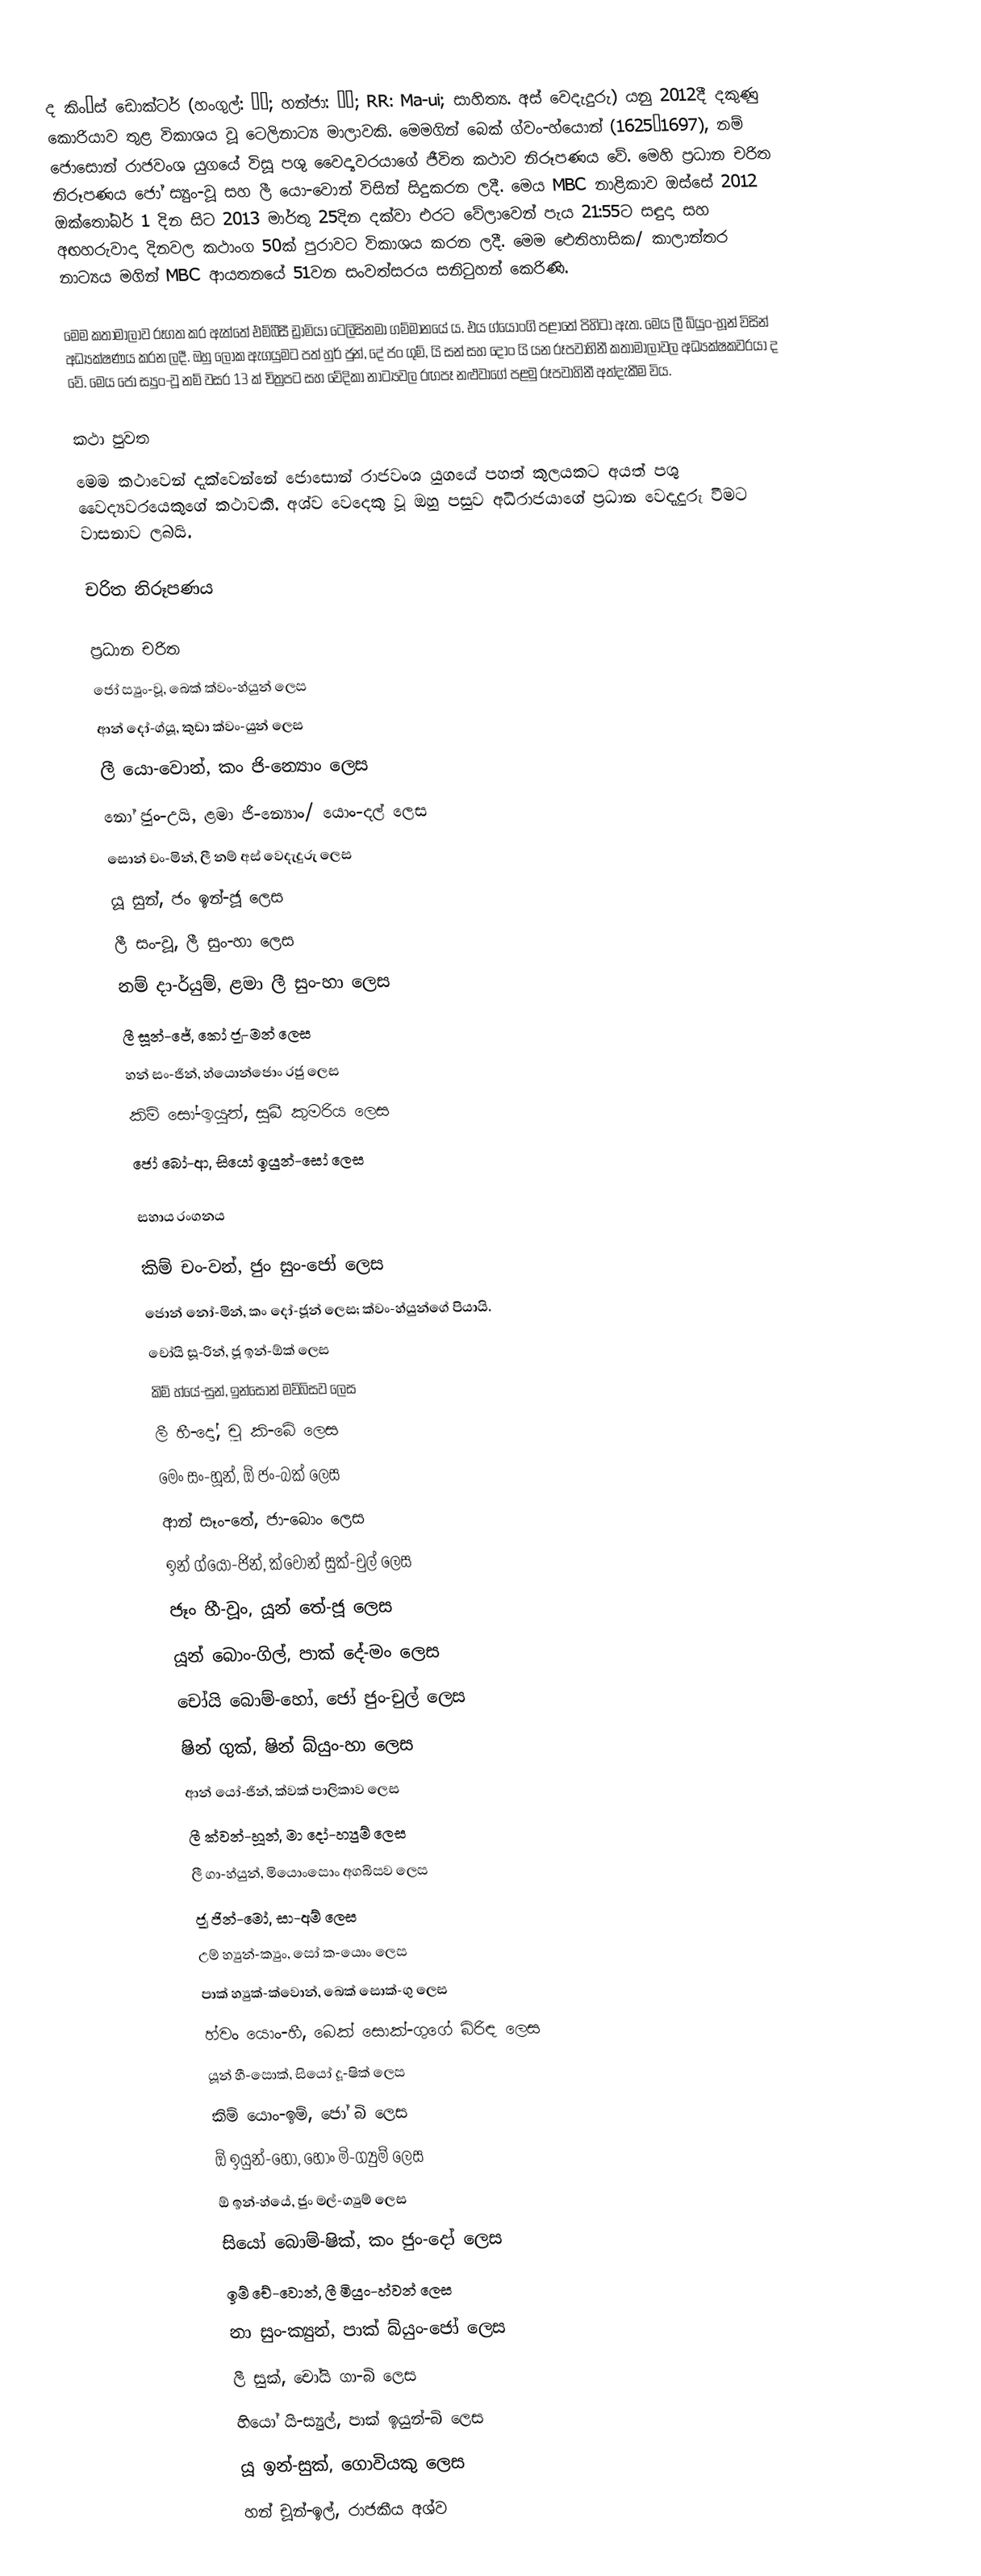
ද කිං’ස් ඩොක්ටර් (හංගුල්: 마의; හන්ජා: 馬醫; RR: Ma-ui; සාහිත්‍ය. අස් වෙදැදුරු) යනු 2012දී දකුණු කොරියාව තුළ විකාශය වූ ටෙලිනාට්‍ය මාලාවකි. මෙමගින් බෙක් ග්වං-හ්යොන් (1625–1697), නම් ජොසොන් රාජවංශ යුගයේ විසූ පශු වෛද්‍යවරයාගේ ජීවිත කථාව නිරූපණය වේ. මෙහි ප්‍රධාන චරිත නිරූපණය ජෝ ස්‍යුං-වූ සහ ලී යො-වොන් විසින් සිදුකරන ලදී. මෙය MBC නාළිකාව ඔස්සේ 2012 ඔක්තෝබර් 1 දින සිට 2013 මාර්තු 25දින දක්වා එරට වේලාවෙන් පැය  21:55ට සඳුදා සහ අඟහරුවාදා දිනවල කථාංග 50ක් පුරාවට විකාශය කරන ලදී. මෙම ඓතිහාසික/ කාලාන්තර නාට්‍යය මගින් MBC ආයතනයේ 51වන සංවත්සරය සනිටුහන් කෙරිණි.

මෙම කතාමාලාව රූගත කර ඇත්තේ එම්බීසී ඩ්‍රාමියා ටෙලිසිනමා ගම්මානයේ ය. එය ග්යොංගි පළාතේ පිහිටා ඇත. මෙය ලී බ්යුං-හූන් විසින් අධ්‍යක්ෂණය කරන ලදී. ඔහු ලෝක ඇගයුමට පත් හුර් ජුන්, දේ ජං ගුම්, යි සන් සහ දොං යි යන රූපවාහිනී කතාමාලාවල අධ්‍යක්ෂකවරයා ද වේ. මෙය ජෝ ස්‍යුං-වූ නම් වසර 13 ක් චිත්‍රපට සහ වේදිකා නාට්‍යවල රඟපෑ නළුවාගේ පළමු රූපවාහිනී අත්දැකීම විය.

කථා පුවත
මෙම කථාවෙන් දැක්වෙන්නේ ජොසොන් රාජවංශ යුගයේ පහත් කුලයකට අයත් පශු වෛද්‍යවරයෙකුගේ කථාවකි. අශ්ව වෙදෙකු වූ ඔහු පසුව අධිරාජයාගේ ප්‍රධාන වෙදැදුරු වීමට වාසනාව ලබයි.

චරිත නිරූපණය

ප්‍රධාන චරිත
ජෝ ස්‍යුං-වූ, බෙක් ක්වං-හ්යුන් ලෙස
ආන් දෝ-ග්යූ, කුඩා ක්වං-යුන් ලෙස
ලී යො-වොන්, කං ජි-න්‍යොං ලෙස
නෝ ජුං-උයි, ළමා ජි-න්‍යොං/ යොං-දල් ලෙස
සොන් චං-මින්, ලී නම් අස් වෙදැදුරු ලෙස
යූ සුන්, ජං ඉන්-ජූ ලෙස
ලී සං-වූ, ලී සුං-හා ලෙස
නම් දා-ර්යුම්, ළමා ලී සුං-හා ලෙස
ලී සූන්-ජේ, කෝ ජූ-මන් ලෙස
හන් සං-ජින්, හ්යොන්ජොං රජු ලෙස
කිම් සෝ-ඉයුන්, සුඛී කුමරිය ලෙස
ජෝ බෝ-ආ, සියෝ ඉයුන්-සෝ ලෙස

සහාය රංගනය

කිම් චං-වන්, ජුං සුං-ජෝ ලෙස
ජොන් නෝ-මින්, කං දෝ-ජූන් ලෙස; ක්වං-හ්යුන්ගේ පියායි.
චෝයි සූ-රින්, ජූ ඉන්-ඕක් ලෙස
කිම් හ්යේ-සුන්, ඉන්සොන් මව්බිසව ලෙස
ලී හී-දෝ, චූ කි-බේ ලෙස
මෙං සං-හූන්, ඕ ජං-බක් ලෙස
ආන් සෑං-තේ, ජා-බොං ලෙස
ඉන් ග්යෝ-ජින්, ක්වොන් සුක්-චුල් ලෙස
ජෑං හී-වූං, යූන් තේ-ජූ ලෙස
යූන් බොං-ගිල්, පාක් දේ-මං ලෙස
චෝයි බොම්-හෝ, ජෝ ජුං-චුල් ලෙස
ෂින් ගුක්, ෂින් බ්යුං-හා ලෙස
ආන් යෝ-ජින්, ක්වක් පාලිකාව ලෙස
ලී ක්වන්-හූන්, මා දෝ-හ්‍යුම් ලෙස
ලී ගා-හ්යුන්, මියොං‍සොං අගබිසව ලෙස
ජූ ජින්-මෝ, සා-අම් ලෙස
උම් හ්‍යුන්-ක්‍යුං, සෝ ක-යොං ලෙස
පාක් හ්‍යුක්-‍ක්වොන්, බෙක් සොක්-ගු ලෙස
හ්වං යොං-හී, බෙක් සොක්-ගුගේ බිරිඳ ලෙස
යූන් හී-සොක්, සියෝ දූ-ෂික් ලෙස
කිම් යොං-ඉම්, ජෝ බි ලෙස
ඕ ඉයුන්-හෝ, හොං මි-ග්‍යුම් ලෙස
ඕ ඉන්-හ්යේ, ජුං මල්-ග්‍යුම් ලෙස
සියෝ බොම්-ෂික්, කං ජුං-දෝ ලෙස
ඉම් චේ-වොන්, ලී මියුං-හ්වන් ලෙස
නා සුං-ක්‍යුන්, පාක් බ්යුං-ජෝ ලෙස
ලී සුක්, චෝයි ගා-බි ලෙස
හියෝ යි-ස්‍යුල්, පාක් ඉයුන්-බි ලෙස
යූ ඉන්-සුක්, ගොවියකු ලෙස
හන් චූන්-ඉල්, රාජකීය අශ්ව